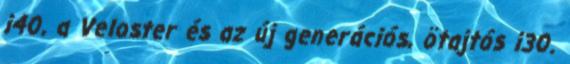
i40, a Veloster és az új generációs, ötajtós i30.